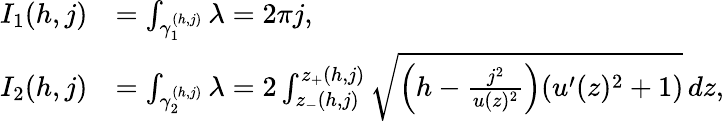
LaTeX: \begin{array}{rl}{I_{1}(h,j)}&{=\int_{\gamma_{1}^{(h,j)}}\lambda=2\pi j,}\\ {I_{2}(h,j)}&{=\int_{\gamma_{2}^{(h,j)}}\lambda=2\int_{z_{-}(h,j)}^{z_{+}(h,j)}\sqrt{\left(h-\frac{j^{2}}{u(z)^{2}}\right)(u^{\prime}(z)^{2}+1)}\, dz,}\end{array}